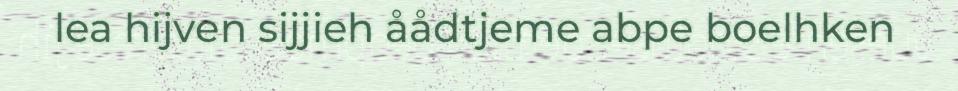
lea hijven sijjieh åådtjeme abpe boelhken